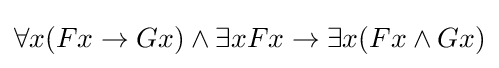
\forall x(Fx\rightarrow Gx)\land \exists xFx\rightarrow \exists x(Fx\land Gx)